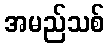
အမည်သစ်